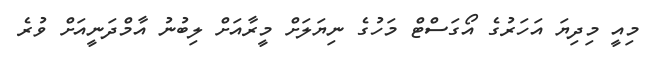
މިއީ މިދިޔަ އަހަރުގެ އޯގަސްޓް މަހުގެ ނިޔަލަށް މީރާއަށް ލިބުނު އާމްދަނީއަށް ވުރެ